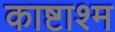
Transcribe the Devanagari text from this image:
काष्टाश्म